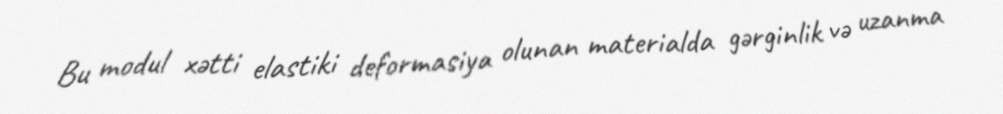
Bu modul xətti elastiki deformasiya olunan materialda gərginlik və uzanma